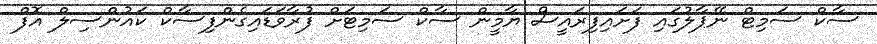
ސާކް ސަމިޓް ނޭޕާލުގައި ފަށައިފިރައީސް ޔާމީން ސާކް ސަމިޓަށް ފުރާވަޑައިގެންފިސާކް ކައުންސިލް އޮފް